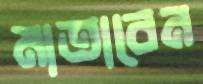
মাতাবেন